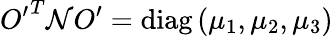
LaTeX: {O^{\prime}}^{T}{\cal N}O^{\prime}=\mathrm{diag}\left(\mu_{1},\mu_{2},\mu_{3}\right)